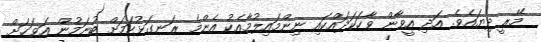
މޭރީ ދިޔައެވެ. އަދި އީވާން ވާހަކަދައްކައި ނިންމައިލުމާއެކު އެންމެ ރަނގަޅުކަމަށް ބުނަމުން އަވަހަށް